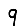
Digit: 9